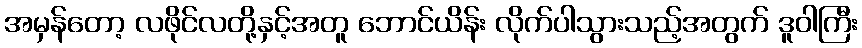
အမှန်တော့ လဖိုင်လတို့နှင့်အတူ ဘောင်ယိန်း လိုက်ပါသွားသည့်အတွက် ဒူဝါကြီး